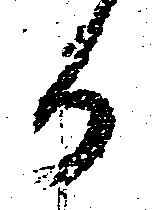
か